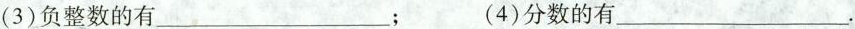
(3)负整数的有___； (4)分数的有___.